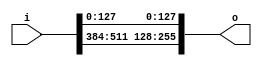
module bsg_array_concentrate_static_09_128
(
  i,
  o
);

  input [639:0] i;
  output [255:0] o;
  wire [255:0] o;
  assign o[255] = i[511];
  assign o[254] = i[510];
  assign o[253] = i[509];
  assign o[252] = i[508];
  assign o[251] = i[507];
  assign o[250] = i[506];
  assign o[249] = i[505];
  assign o[248] = i[504];
  assign o[247] = i[503];
  assign o[246] = i[502];
  assign o[245] = i[501];
  assign o[244] = i[500];
  assign o[243] = i[499];
  assign o[242] = i[498];
  assign o[241] = i[497];
  assign o[240] = i[496];
  assign o[239] = i[495];
  assign o[238] = i[494];
  assign o[237] = i[493];
  assign o[236] = i[492];
  assign o[235] = i[491];
  assign o[234] = i[490];
  assign o[233] = i[489];
  assign o[232] = i[488];
  assign o[231] = i[487];
  assign o[230] = i[486];
  assign o[229] = i[485];
  assign o[228] = i[484];
  assign o[227] = i[483];
  assign o[226] = i[482];
  assign o[225] = i[481];
  assign o[224] = i[480];
  assign o[223] = i[479];
  assign o[222] = i[478];
  assign o[221] = i[477];
  assign o[220] = i[476];
  assign o[219] = i[475];
  assign o[218] = i[474];
  assign o[217] = i[473];
  assign o[216] = i[472];
  assign o[215] = i[471];
  assign o[214] = i[470];
  assign o[213] = i[469];
  assign o[212] = i[468];
  assign o[211] = i[467];
  assign o[210] = i[466];
  assign o[209] = i[465];
  assign o[208] = i[464];
  assign o[207] = i[463];
  assign o[206] = i[462];
  assign o[205] = i[461];
  assign o[204] = i[460];
  assign o[203] = i[459];
  assign o[202] = i[458];
  assign o[201] = i[457];
  assign o[200] = i[456];
  assign o[199] = i[455];
  assign o[198] = i[454];
  assign o[197] = i[453];
  assign o[196] = i[452];
  assign o[195] = i[451];
  assign o[194] = i[450];
  assign o[193] = i[449];
  assign o[192] = i[448];
  assign o[191] = i[447];
  assign o[190] = i[446];
  assign o[189] = i[445];
  assign o[188] = i[444];
  assign o[187] = i[443];
  assign o[186] = i[442];
  assign o[185] = i[441];
  assign o[184] = i[440];
  assign o[183] = i[439];
  assign o[182] = i[438];
  assign o[181] = i[437];
  assign o[180] = i[436];
  assign o[179] = i[435];
  assign o[178] = i[434];
  assign o[177] = i[433];
  assign o[176] = i[432];
  assign o[175] = i[431];
  assign o[174] = i[430];
  assign o[173] = i[429];
  assign o[172] = i[428];
  assign o[171] = i[427];
  assign o[170] = i[426];
  assign o[169] = i[425];
  assign o[168] = i[424];
  assign o[167] = i[423];
  assign o[166] = i[422];
  assign o[165] = i[421];
  assign o[164] = i[420];
  assign o[163] = i[419];
  assign o[162] = i[418];
  assign o[161] = i[417];
  assign o[160] = i[416];
  assign o[159] = i[415];
  assign o[158] = i[414];
  assign o[157] = i[413];
  assign o[156] = i[412];
  assign o[155] = i[411];
  assign o[154] = i[410];
  assign o[153] = i[409];
  assign o[152] = i[408];
  assign o[151] = i[407];
  assign o[150] = i[406];
  assign o[149] = i[405];
  assign o[148] = i[404];
  assign o[147] = i[403];
  assign o[146] = i[402];
  assign o[145] = i[401];
  assign o[144] = i[400];
  assign o[143] = i[399];
  assign o[142] = i[398];
  assign o[141] = i[397];
  assign o[140] = i[396];
  assign o[139] = i[395];
  assign o[138] = i[394];
  assign o[137] = i[393];
  assign o[136] = i[392];
  assign o[135] = i[391];
  assign o[134] = i[390];
  assign o[133] = i[389];
  assign o[132] = i[388];
  assign o[131] = i[387];
  assign o[130] = i[386];
  assign o[129] = i[385];
  assign o[128] = i[384];
  assign o[127] = i[127];
  assign o[126] = i[126];
  assign o[125] = i[125];
  assign o[124] = i[124];
  assign o[123] = i[123];
  assign o[122] = i[122];
  assign o[121] = i[121];
  assign o[120] = i[120];
  assign o[119] = i[119];
  assign o[118] = i[118];
  assign o[117] = i[117];
  assign o[116] = i[116];
  assign o[115] = i[115];
  assign o[114] = i[114];
  assign o[113] = i[113];
  assign o[112] = i[112];
  assign o[111] = i[111];
  assign o[110] = i[110];
  assign o[109] = i[109];
  assign o[108] = i[108];
  assign o[107] = i[107];
  assign o[106] = i[106];
  assign o[105] = i[105];
  assign o[104] = i[104];
  assign o[103] = i[103];
  assign o[102] = i[102];
  assign o[101] = i[101];
  assign o[100] = i[100];
  assign o[99] = i[99];
  assign o[98] = i[98];
  assign o[97] = i[97];
  assign o[96] = i[96];
  assign o[95] = i[95];
  assign o[94] = i[94];
  assign o[93] = i[93];
  assign o[92] = i[92];
  assign o[91] = i[91];
  assign o[90] = i[90];
  assign o[89] = i[89];
  assign o[88] = i[88];
  assign o[87] = i[87];
  assign o[86] = i[86];
  assign o[85] = i[85];
  assign o[84] = i[84];
  assign o[83] = i[83];
  assign o[82] = i[82];
  assign o[81] = i[81];
  assign o[80] = i[80];
  assign o[79] = i[79];
  assign o[78] = i[78];
  assign o[77] = i[77];
  assign o[76] = i[76];
  assign o[75] = i[75];
  assign o[74] = i[74];
  assign o[73] = i[73];
  assign o[72] = i[72];
  assign o[71] = i[71];
  assign o[70] = i[70];
  assign o[69] = i[69];
  assign o[68] = i[68];
  assign o[67] = i[67];
  assign o[66] = i[66];
  assign o[65] = i[65];
  assign o[64] = i[64];
  assign o[63] = i[63];
  assign o[62] = i[62];
  assign o[61] = i[61];
  assign o[60] = i[60];
  assign o[59] = i[59];
  assign o[58] = i[58];
  assign o[57] = i[57];
  assign o[56] = i[56];
  assign o[55] = i[55];
  assign o[54] = i[54];
  assign o[53] = i[53];
  assign o[52] = i[52];
  assign o[51] = i[51];
  assign o[50] = i[50];
  assign o[49] = i[49];
  assign o[48] = i[48];
  assign o[47] = i[47];
  assign o[46] = i[46];
  assign o[45] = i[45];
  assign o[44] = i[44];
  assign o[43] = i[43];
  assign o[42] = i[42];
  assign o[41] = i[41];
  assign o[40] = i[40];
  assign o[39] = i[39];
  assign o[38] = i[38];
  assign o[37] = i[37];
  assign o[36] = i[36];
  assign o[35] = i[35];
  assign o[34] = i[34];
  assign o[33] = i[33];
  assign o[32] = i[32];
  assign o[31] = i[31];
  assign o[30] = i[30];
  assign o[29] = i[29];
  assign o[28] = i[28];
  assign o[27] = i[27];
  assign o[26] = i[26];
  assign o[25] = i[25];
  assign o[24] = i[24];
  assign o[23] = i[23];
  assign o[22] = i[22];
  assign o[21] = i[21];
  assign o[20] = i[20];
  assign o[19] = i[19];
  assign o[18] = i[18];
  assign o[17] = i[17];
  assign o[16] = i[16];
  assign o[15] = i[15];
  assign o[14] = i[14];
  assign o[13] = i[13];
  assign o[12] = i[12];
  assign o[11] = i[11];
  assign o[10] = i[10];
  assign o[9] = i[9];
  assign o[8] = i[8];
  assign o[7] = i[7];
  assign o[6] = i[6];
  assign o[5] = i[5];
  assign o[4] = i[4];
  assign o[3] = i[3];
  assign o[2] = i[2];
  assign o[1] = i[1];
  assign o[0] = i[0];

endmodule